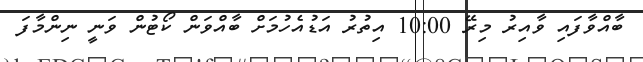
ބާއްވާފައި ވާއިރު މިރޭ 10:00 އިތުރު އަޑުއެހުމަށް ބާއްވަން ކޯޓުން ވަނީ ނިންމާފަ